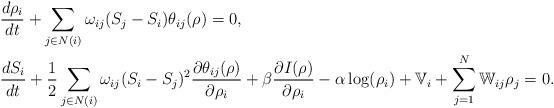
LaTeX: \begin{align*}&\frac {d\rho_i}{d t}+\sum_{j\in N(i)}\omega_{ij}(S_j-S_i)\theta_{ij}(\rho)=0,\\&\frac {d S_i}{dt}+\frac 12\sum_{j\in N(i)}\omega_{ij}(S_i-S_j)^2 \frac {\partial \theta_{ij}(\rho)}{\partial \rho_i}+\beta \frac {\partial I(\rho)}{\partial \rho_i}-\alpha \log(\rho_i) +\mathbb V_i+\sum_{j=1}^N\mathbb W_{ij}\rho_j=0.\end{align*}